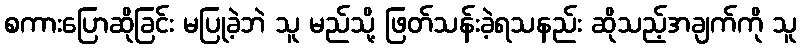
စကားပြောဆိုခြင်း မပြုခဲ့ဘဲ သူ မည်သို့ ဖြတ်သန်းခဲ့ရသနည်း ဆိုသည့်အချက်ကို သူ